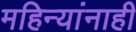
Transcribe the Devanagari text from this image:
महिन्यांनाही